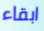
ابقاء